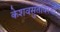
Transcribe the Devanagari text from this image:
केशवसुतांवरची